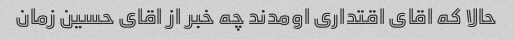
حالا که اقای اقتداری اومدند چه خبر از اقای حسین زمان